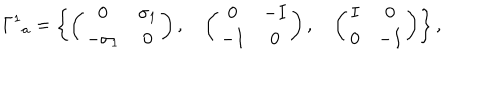
LaTeX: { \Gamma ^ { 1 } } _ { a } = \left\{ \left( \begin{matrix} { { 0 } } & { { \sigma _ { 1 } } } \\ { { - \sigma _ { 1 } } } & { { 0 } } \\ \end{matrix} \right) , \quad \left( \begin{matrix} { { 0 } } & { { - I } } \\ { { - I } } & { { 0 } } \\ \end{matrix} \right) , \quad \left( \begin{matrix} { { I } } & { { 0 } } \\ { { 0 } } & { { - I } } \\ \end{matrix} \right) \right\} ,